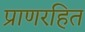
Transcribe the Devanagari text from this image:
प्राणरहित